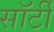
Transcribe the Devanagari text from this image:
साॅर्टी